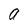
Character: a